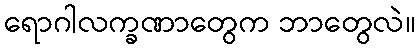
ရောဂါလက္ခဏာတွေက ဘာတွေလဲ။